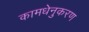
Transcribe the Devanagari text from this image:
कामधेनुकरण